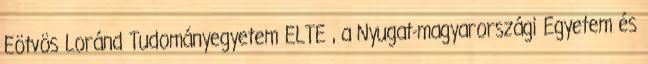
Eötvös Loránd Tudományegyetem ELTE , a Nyugat-magyarországi Egyetem és